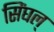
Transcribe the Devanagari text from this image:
सिंघल्